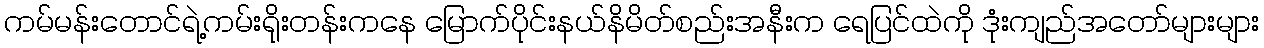
ကမ်မန်းတောင်ရဲ့ကမ်းရိုးတန်းကနေ မြောက်ပိုင်းနယ်နိမိတ်စည်းအနီးက ရေပြင်ထဲကို ဒုံးကျည်အတော်များများ